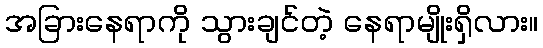
အခြားနေရာကို သွားချင်တဲ့ နေရာမျိုးရှိလား။